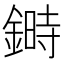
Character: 𨫉